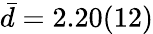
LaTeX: \bar{d}=2.20(12)